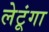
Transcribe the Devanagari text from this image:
लेटूंगा